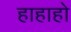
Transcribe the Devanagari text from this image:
हाहाहो